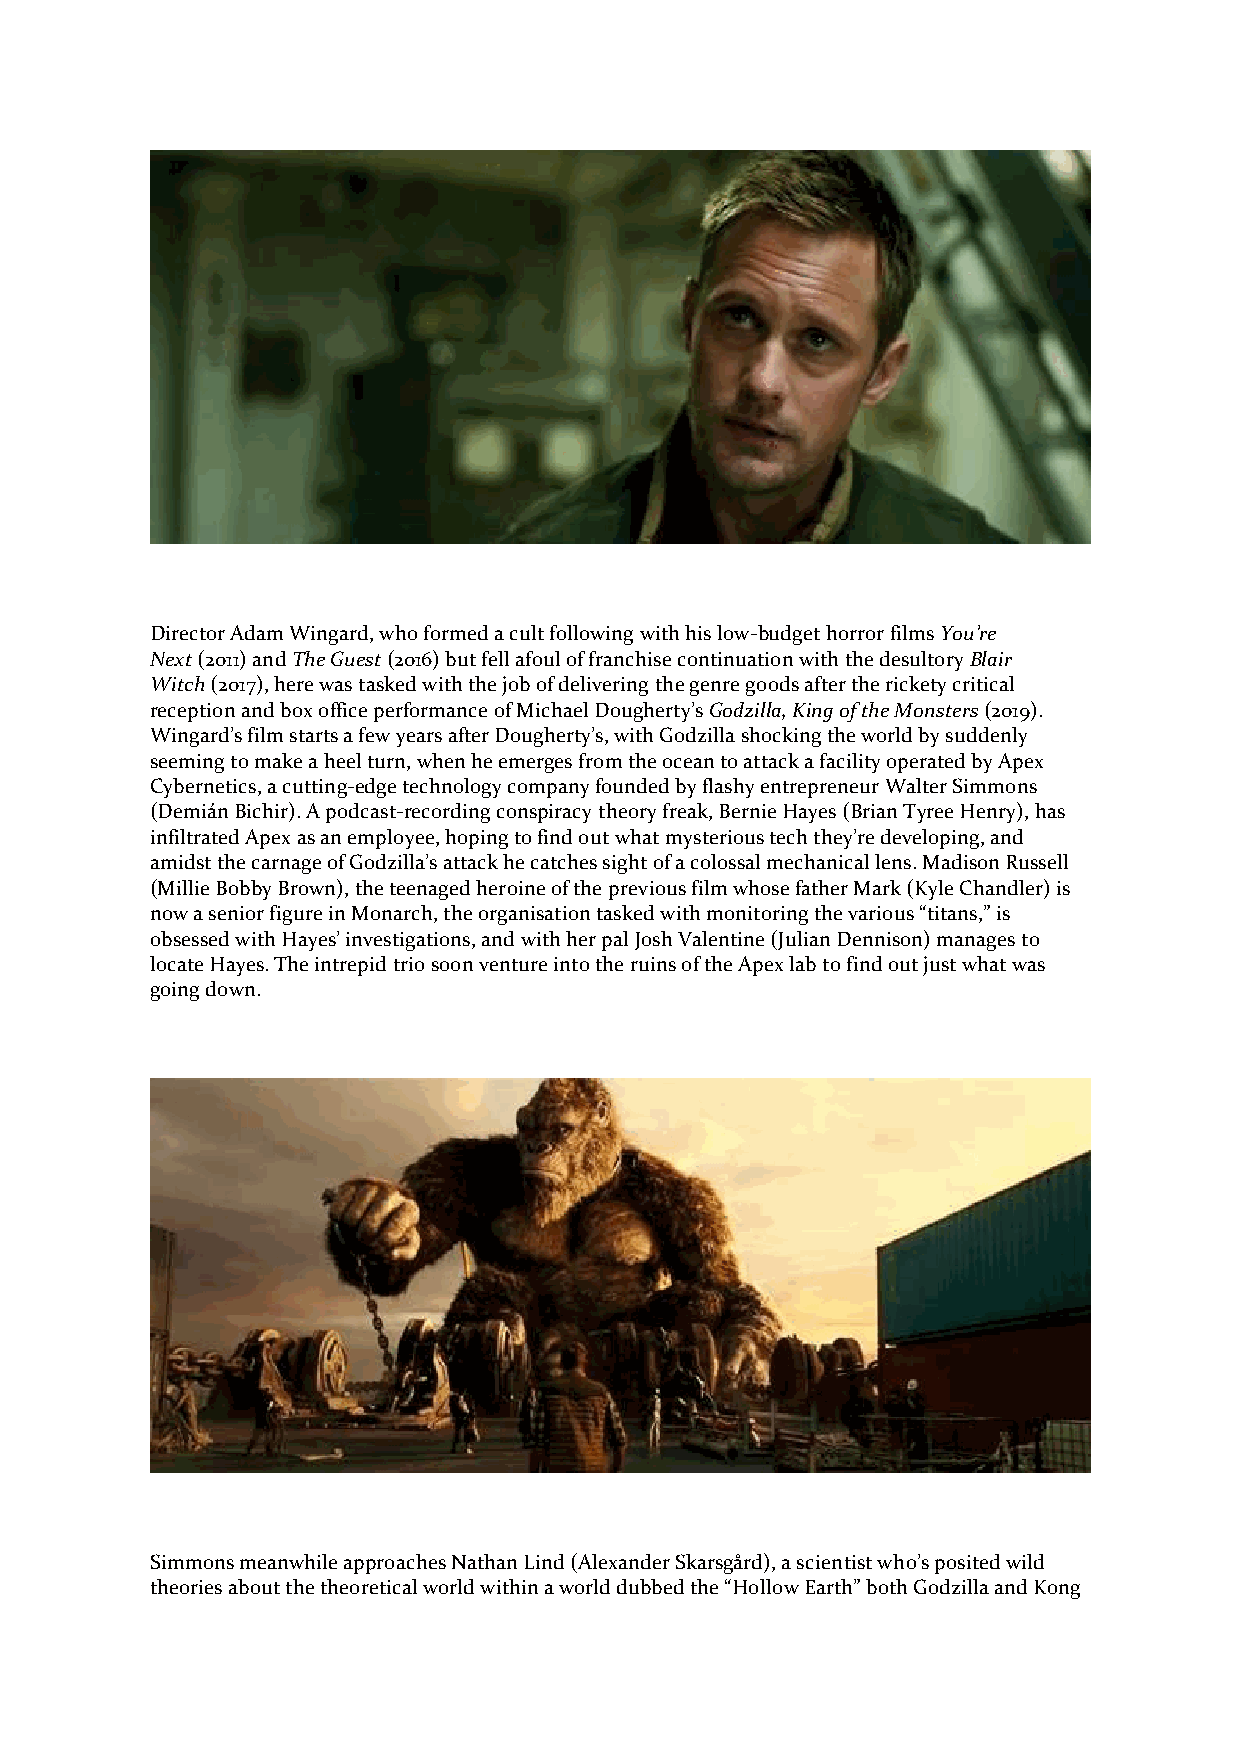
Director Adam Wingard, who formed a cult following with his low-budget horror films You’re
 Next (2011) and The Guest (2016) but fell afoul of franchise continuation with the desultory Blair
 Witch (2017), here was tasked with the job of delivering the genre goods after the rickety critical
 reception and box office performance of Michael Dougherty’s Godzilla, King of the Monsters (2019).
 Wingard’s film starts a few years after Dougherty’s, with Godzilla shocking the world by suddenly
 seeming to make a heel turn, when he emerges from the ocean to attack a facility operated by Apex
 Cybernetics, a cutting-edge technology company founded by flashy entrepreneur Walter Simmons
 (Demián Bichir). A podcast-recording conspiracy theory freak, Bernie Hayes (Brian Tyree Henry), has
 infiltrated Apex as an employee, hoping to find out what mysterious tech they’re developing, and
 amidst the carnage of Godzilla’s attack he catches sight of a colossal mechanical lens. Madison Russell
 (Millie Bobby Brown), the teenaged heroine of the previous film whose father Mark (Kyle Chandler) is
 now a senior figure in Monarch, the organisation tasked with monitoring the various “titans,” is
 obsessed with Hayes’ investigations, and with her pal Josh Valentine (Julian Dennison) manages to
 locate Hayes. The intrepid trio soon venture into the ruins of the Apex lab to find out just what was
 going down.
 Simmons meanwhile approaches Nathan Lind (Alexander Skarsgård), a scientist who’s posited wild
 theories about the theoretical world within a world dubbed the “Hollow Earth” both Godzilla and Kong